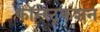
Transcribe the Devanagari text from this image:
कॉन्स्ट्रकशन